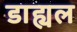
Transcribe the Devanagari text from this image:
डाह्यल